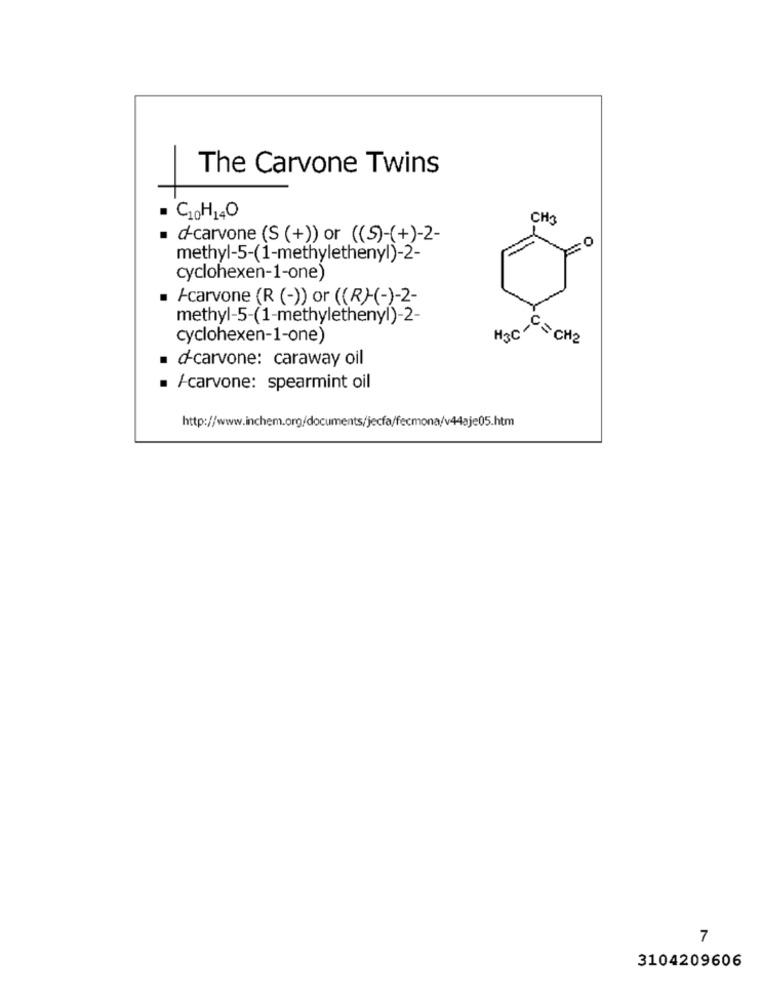
The Carvone Twins
G20H140
CH3
. d-carvone (S (+)) or ((S)-(+)-2-
methyl-5-(1-methylethenyl)-2-
cyclohexen-1-one)
/carvone (R (-)) or ((R)-(-)-2-
methyl-5-(1-methylethenyl)-2-
cyclohexen-1-one)
H3C
FS CHZ
d-carvone: caraway oil
/-carvone: spearmint oil
http://www.inchem.org/documents/jecfa/fecmona/v44aje05.htm
7
3104209606